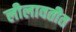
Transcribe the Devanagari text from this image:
लीलावतीत